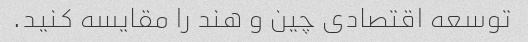
توسعه اقتصادی چین و هند را مقایسه کنید.